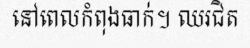
នៅពេលកំពុងធាក់។ ឈរជិត